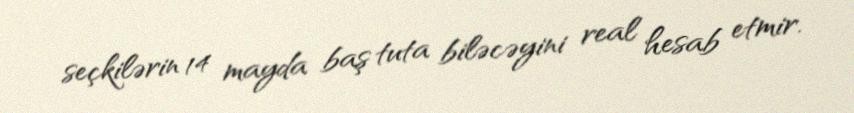
seçkilərin 14 mayda baş tuta biləcəyini real hesab etmir.